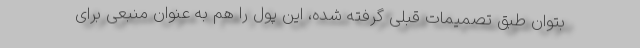
بتوان طبق تصمیمات قبلی گرفته شده، این پول را هم به عنوان منبعی برای